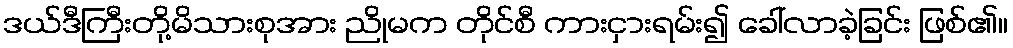
ဒယ်ဒီကြီးတို့မိသားစုအား ညိုမက တိုင်စီ ကားငှားရမ်း၍ ခေါ်လာခဲ့ခြင်း ဖြစ်၏။